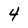
Character: 4